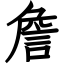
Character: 詹